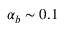
{ \alpha _ { b } } \sim 0 . 1